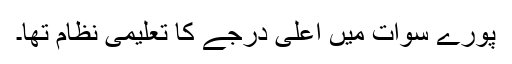
پورے سوات میں اعلیٰ درجے کا تعلیمی نظام تھا۔